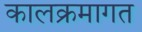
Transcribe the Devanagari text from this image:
कालक्रमागत